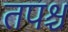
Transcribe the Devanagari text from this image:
तपश्च